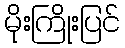
မိုးကြိုးပြင်